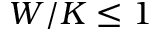
W / K \le 1